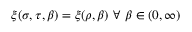
\xi ( \sigma , \tau , \beta ) = \xi ( \rho , \beta ) \ \forall \ \beta \in ( 0 , \infty )